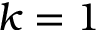
k = 1